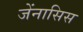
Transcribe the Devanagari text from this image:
जेंनासिस